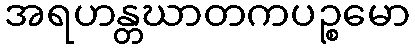
အရဟန္တဃာတကပဉ္စမော